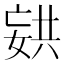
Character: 𫱏